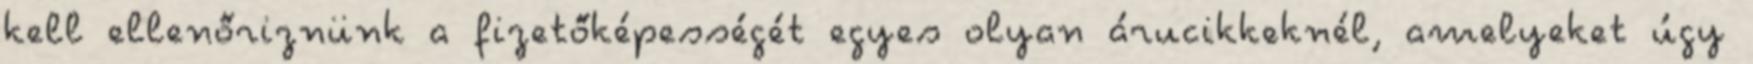
kell ellenőriznünk a fizetőképességét egyes olyan árucikkeknél, amelyeket úgy